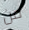
من